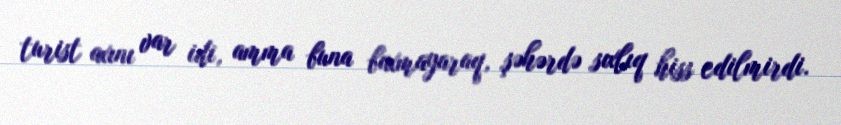
turist axını var idi, amma buna baxmayaraq, şəhərdə sıxlıq hiss edilmirdi.